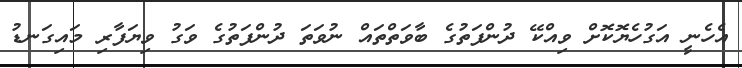
އެހެނީ އަގުހެޔޮކޮށް ވިއްކޭ ދުންފަތުގެ ބާވަތްތައް ނުވަތަ ދުންފަތުގެ ވަގު ވިޔަފާރި މައިގަނޑު